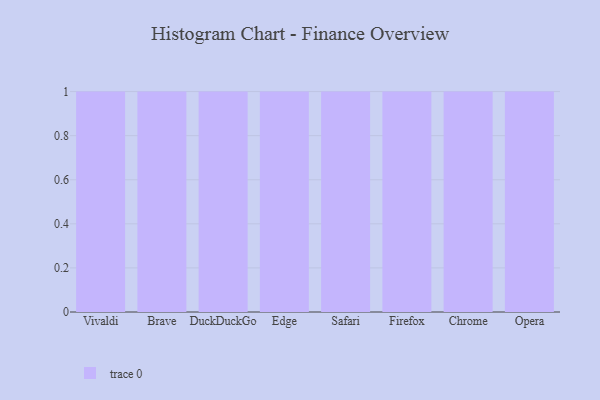
{"axis": {"x": "Browser", "y": "Demand Index"}, "legend": [""], "data": [{"x": "Vivaldi", "y": 73, "type": ""}, {"x": "Brave", "y": 85, "type": ""}, {"x": "DuckDuckGo", "y": 32, "type": ""}, {"x": "Edge", "y": 40, "type": ""}, {"x": "Safari", "y": 21, "type": ""}, {"x": "Firefox", "y": 54, "type": ""}, {"x": "Chrome", "y": 63, "type": ""}, {"x": "Opera", "y": 39, "type": ""}]}